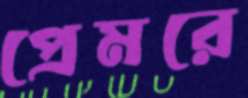
প্রেমরে